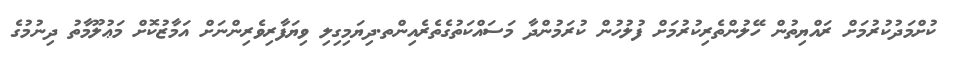
ކުށްމަދުކުރުމަށް ރައްޔިތުން ހޭލުންތެރިކުރުމަށް ފުލުހުން ކުރަމުންދާ މަސައްކަތުގެތެރެއިންތ.ދިޔަމިގިލި ވިޔަފާރިވެރިންނަށް އަމާޒުކޮށް މަޢުލޫމާތު ދިނުމުގެ